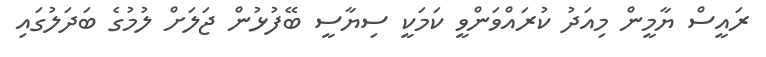
ރައީސް ޔާމީން މިއަދު ކުރައްވަންވީ ކަމަކީ ސިޔާސީ ބޭފުޅުން ޖަލަށް ލުމުގެ ބަދަލުގައި